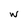
Character: W